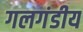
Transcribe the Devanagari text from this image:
गलगंडीय